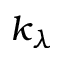
k _ { \lambda }